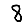
Digit: 8